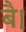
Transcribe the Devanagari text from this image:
बै।